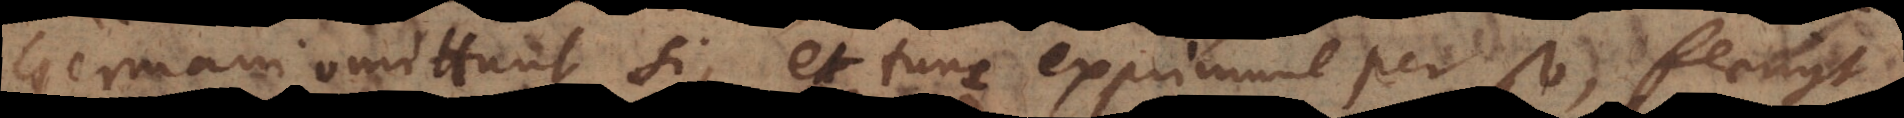
Germani omittunt si, et tunc exprimunt per so, fleugt